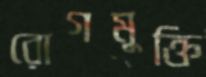
রোগমুক্তি